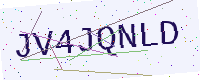
Text: JV4JQNLD